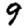
Digit: 9